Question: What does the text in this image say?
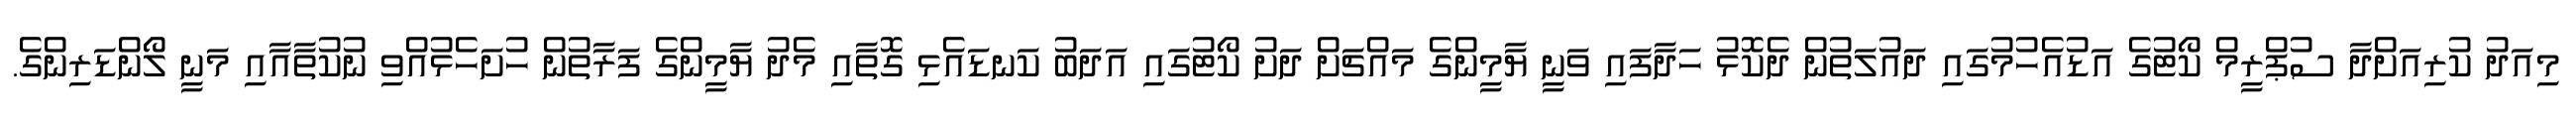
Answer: މިއަދު ކުރިއަށްދާ ސުޕްރީމް ކޯޓުގެ އަޑުއެހުމުގައި ދައުލަތުން ދެކޮޅު ހަދާފައި ވަނީ ޔާމީންގެ މައްޗަށް ދަށު ކޯޓުގައި އަދަބު ކަނޑައެޅި ގޮތާއި މެދު ޔާމީންގެ ފަރާތުން ހުށަހެޅުއްވި ނުކުތާއާއި މަނީ ލޯންޑަރިންގެ.